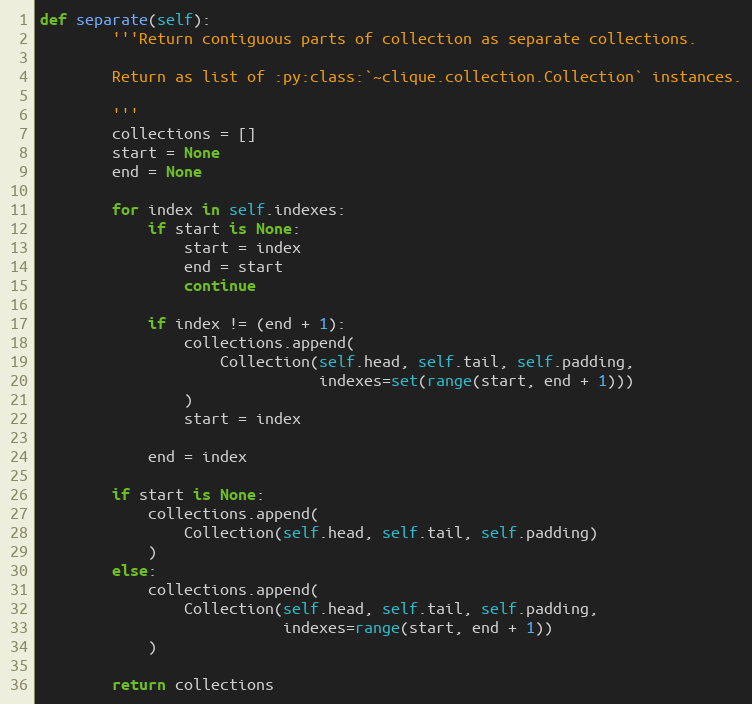
Language: Python
def separate(self):
        '''Return contiguous parts of collection as separate collections.

        Return as list of :py:class:`~clique.collection.Collection` instances.

        '''
        collections = []
        start = None
        end = None

        for index in self.indexes:
            if start is None:
                start = index
                end = start
                continue

            if index != (end + 1):
                collections.append(
                    Collection(self.head, self.tail, self.padding,
                               indexes=set(range(start, end + 1)))
                )
                start = index

            end = index

        if start is None:
            collections.append(
                Collection(self.head, self.tail, self.padding)
            )
        else:
            collections.append(
                Collection(self.head, self.tail, self.padding,
                           indexes=range(start, end + 1))
            )

        return collections